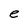
Character: e